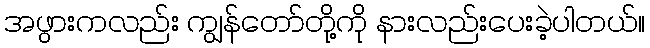
အဖွားကလည်း ကျွန်တော်တို့ကို နားလည်းပေးခဲ့ပါတယ်။